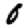
Digit: 6